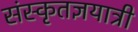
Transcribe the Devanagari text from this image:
संस्कृतज्ञयात्री